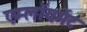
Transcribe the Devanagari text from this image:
एम्लॉयमेंट